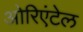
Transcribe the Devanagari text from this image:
ओरिएंटेल